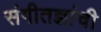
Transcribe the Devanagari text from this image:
संगीतज्ञांची